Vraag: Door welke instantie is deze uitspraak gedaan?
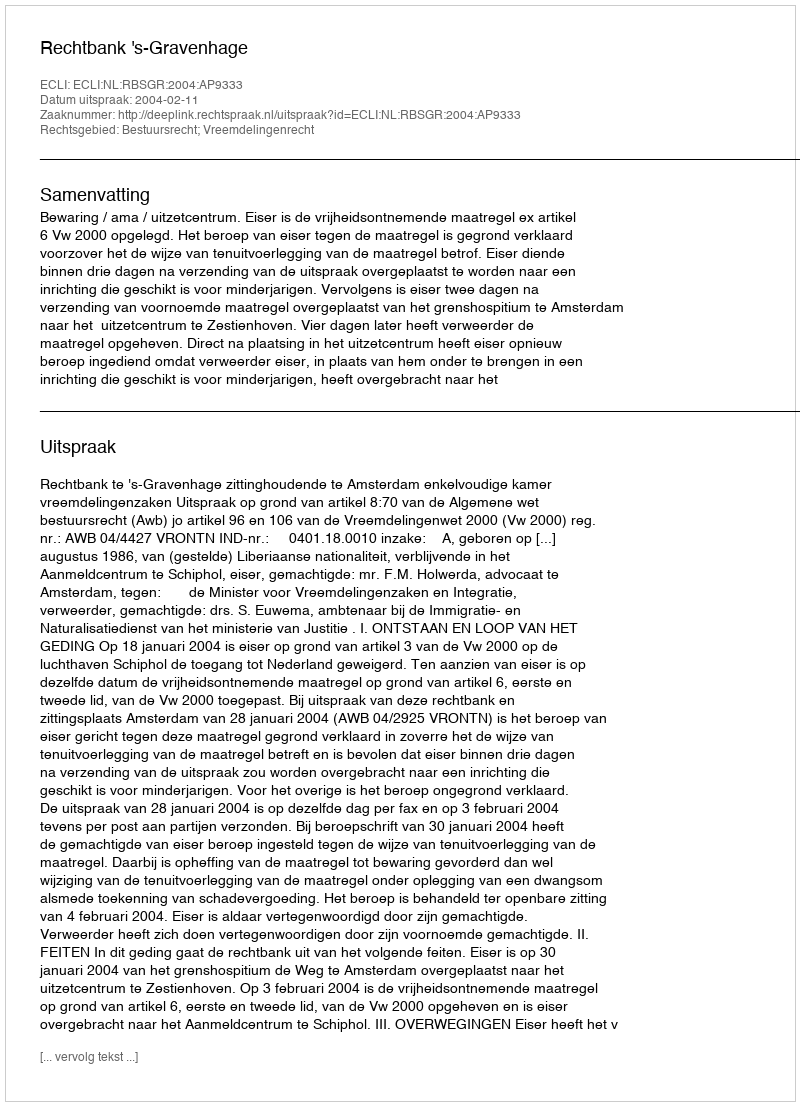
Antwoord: Rechtbank 's-Gravenhage